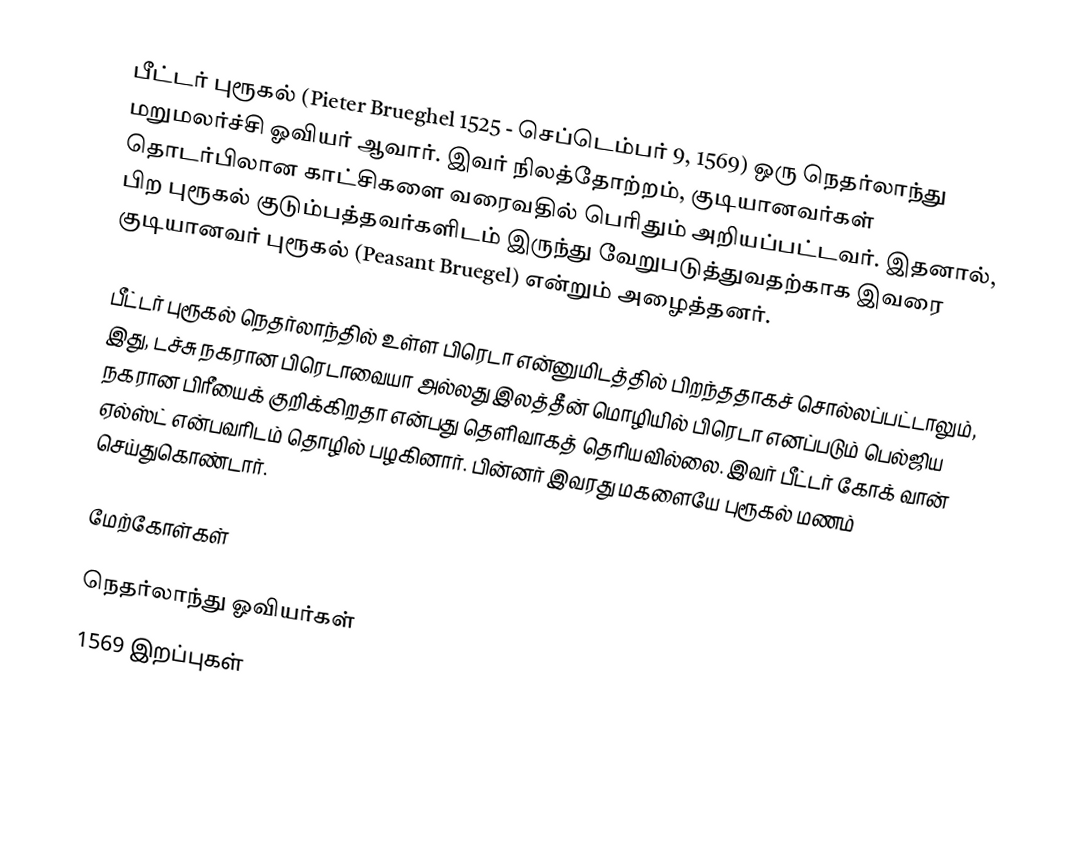
பீட்டர் புரூகல் (Pieter Brueghel 1525 - செப்டெம்பர் 9, 1569) ஒரு நெதர்லாந்து மறுமலர்ச்சி ஓவியர் ஆவார். இவர் நிலத்தோற்றம், குடியானவர்கள் தொடர்பிலான காட்சிகளை வரைவதில் பெரிதும் அறியப்பட்டவர். இதனால், பிற புரூகல் குடும்பத்தவர்களிடம் இருந்து வேறுபடுத்துவதற்காக இவரை குடியானவர் புரூகல் (Peasant Bruegel) என்றும் அழைத்தனர்.

பீட்டர் புரூகல் நெதர்லாந்தில் உள்ள பிரெடா என்னுமிடத்தில் பிறந்ததாகச் சொல்லப்பட்டாலும், இது, டச்சு நகரான பிரெடாவையா அல்லது இலத்தீன் மொழியில் பிரெடா எனப்படும் பெல்ஜிய நகரான பிரீயைக் குறிக்கிறதா என்பது தெளிவாகத் தெரியவில்லை. இவர் பீட்டர் கோக் வான் ஏல்ஸ்ட் என்பவரிடம் தொழில் பழகினார். பின்னர் இவரது மகளையே புரூகல் மணம் செய்துகொண்டார்.

மேற்கோள்கள்

நெதர்லாந்து ஓவியர்கள்
1569 இறப்புகள்